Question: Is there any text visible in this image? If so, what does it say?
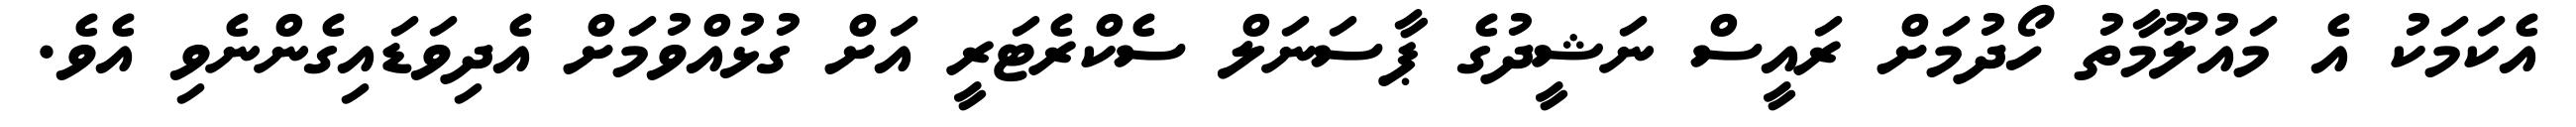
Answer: އެކަމަކު އެ މައުލޫމާތު ހޯދުމަށް ރައީސް ނަޝީދުގެ ޕާސަނަލް ސެކްރެޓަރީ އަށް ގުޅުއްވުމަށް އެދިވަޑައިގެންނެވި އެވެ.